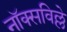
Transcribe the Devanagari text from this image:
नॉक्सविल्ले